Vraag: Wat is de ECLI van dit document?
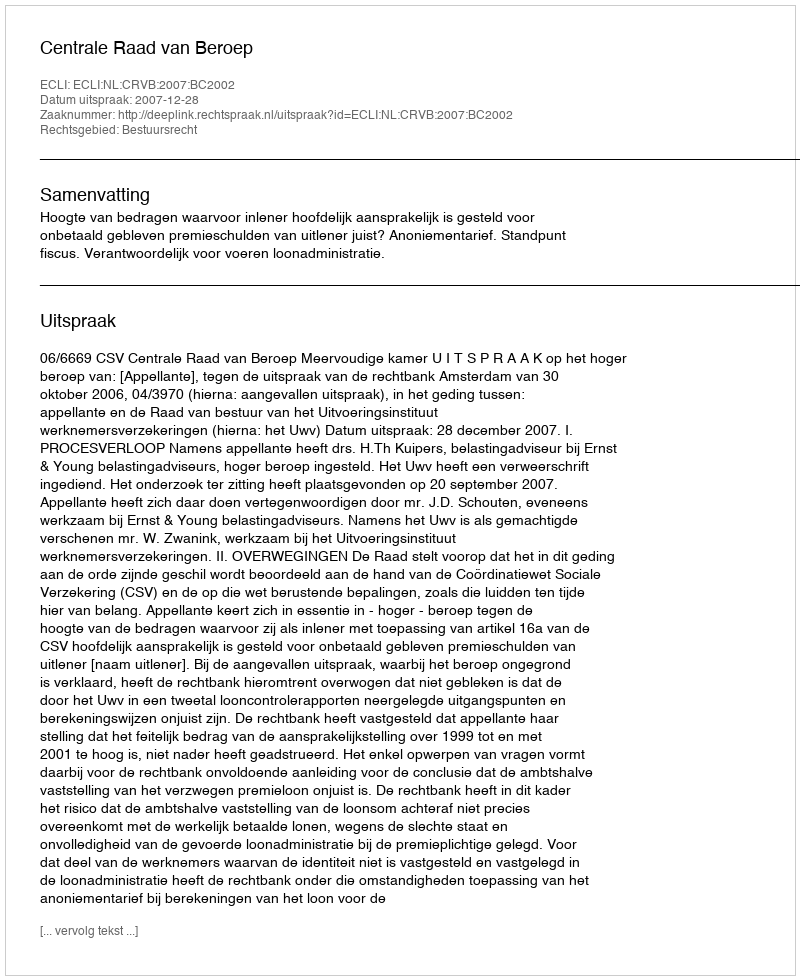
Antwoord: ECLI:NL:CRVB:2007:BC2002